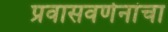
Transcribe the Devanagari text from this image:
प्रवासवर्णनांचा